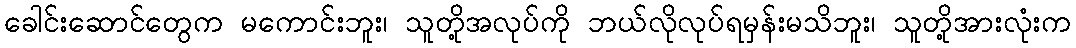
ခေါင်းဆောင်တွေက မကောင်းဘူး၊ သူတို့အလုပ်ကို ဘယ်လိုလုပ်ရမှန်းမသိဘူး၊ သူတို့အားလုံးက